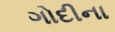
ગોદીના